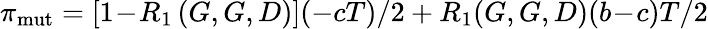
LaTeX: \pi_{\mathrm{mut}}=\left[1\! -\! R_{1}\left(G,G,D\right)\right](-cT)/2+R_{1}(G,G,D)(b\! -\! c)T/2